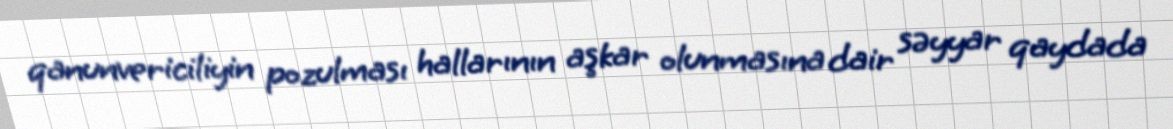
qanunvericiliyin pozulması hallarının aşkar olunmasına dair səyyar qaydada